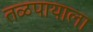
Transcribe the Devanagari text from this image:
तळपायाला